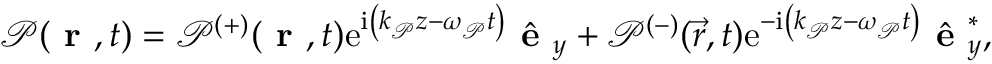
\mathcal { P } ( \textbf { r } , t ) = \mathcal { P } ^ { ( + ) } ( \textbf { r } , t ) \mathrm { e } ^ { \mathrm { i } \left( k _ { \mathcal { P } } z - \omega _ { \mathcal { P } } t \right) } \hat { \textbf { e } } _ { y } + \mathcal { P } ^ { ( - ) } ( \vec { r } , t ) \mathrm { e } ^ { - \mathrm { i } \left( k _ { \mathcal { P } } z - \omega _ { \mathcal { P } } t \right) } \hat { \textbf { e } } _ { y } ^ { * } ,